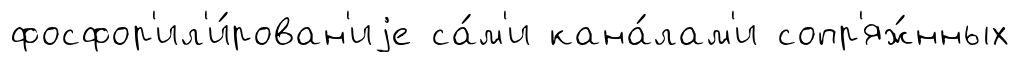
фосфор'ил'и́рован'иjе са́м'и кана́лам'и сопр'яж́нных